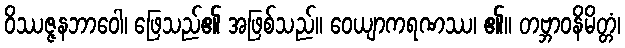
ဝိဿဇ္ဇနဘာဝေါ၊ ဖြေသည်၏ အဖြစ်သည်။ ဝေယျာကရဏဿ၊ ၏။ တဗ္ဘာဝနိမိတ္တံ၊